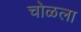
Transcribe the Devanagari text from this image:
चोळला